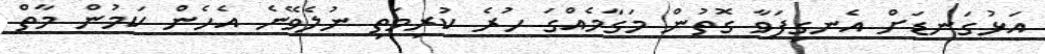
އަޅުގަނޑަށް އެނގިފަވާ ގޮތުން މަގާމެއްގަ ހުރެ ކުރިމަތި ނުލެވޭނެ އެހެން ކަމުން މާތް